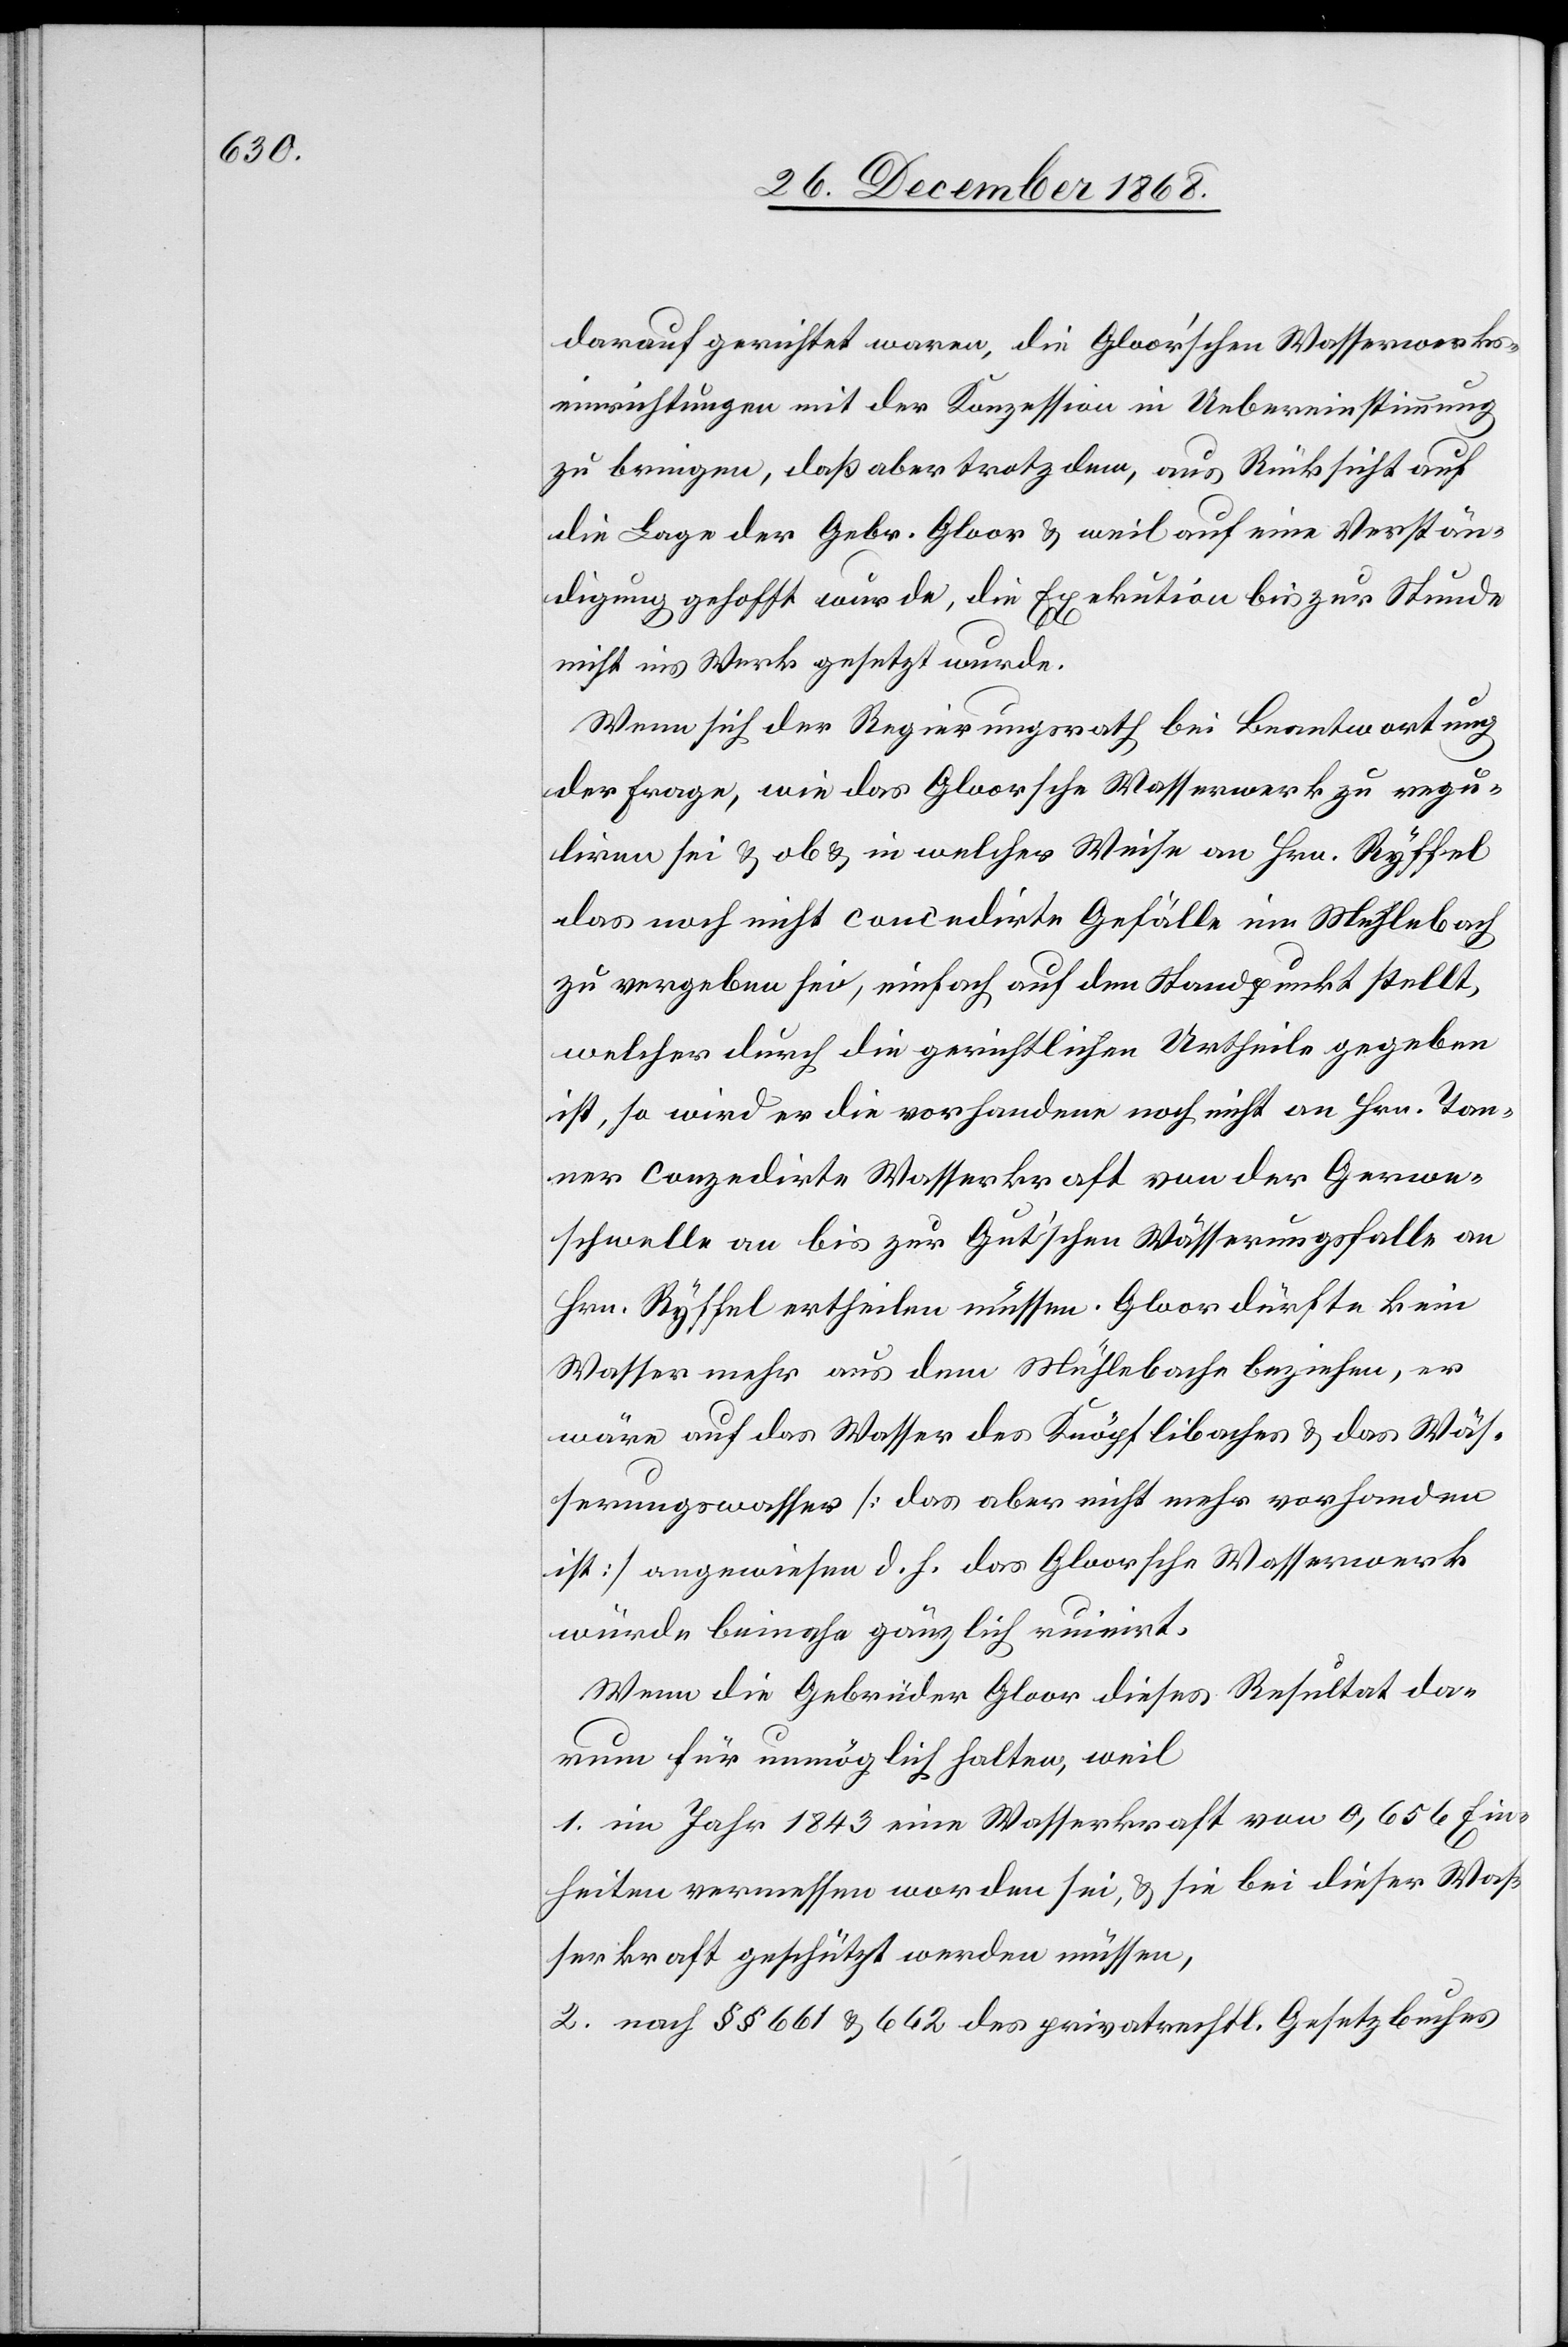
darauf gerichtet waren, die Gloor’schen Wasserwerks¬
einrichtungen mit der Konzession in Uebereinstimmung
zu bringen, daß aber trotzdem, aus Rücksicht auf
die Lage der Gebr. Gloor & weil auf eine Verstän¬
digung gehofft wurde, die Exekution bis zur Stunde
nicht ins Werk gesetzt wurde.
Wenn sich der Regierungsrath bei Beantwortung
der Frage, wie das Gloorsche Wasserwerk zu regu¬
liren sei & ob & in welcher Weise an Hrn. Ryffel
das noch nicht concedirte Gefälle im Mühlebach
zu vergeben sei, einfach auf den Standpunkt stellt,
welcher durch die gerichtlichen Urtheile gegeben
ist, so wird er die vorhandene noch nicht an Hrn. Tan¬
ner conzedirte Wasserkraft von der Gerwe¬
schwelle an bis zur Gut’schen Wässerungsfalle an
Hrn. Ryffel ertheilen müssen. Gloor dürfte kein
Wasser mehr aus dem Mühlebache beziehen, er
wäre auf das Wasser des Knöpflibaches & das Wäs¬
serungswasser [das aber nicht mehr vorhanden
ist] angewiesen d. h. das Gloorsche Wasserwerk
würde beinahe gänzlich ruinirt.
Wenn die Gebrüder Gloor dieses Resultat da¬
rum für unmöglich halten, weil
1. im Jahr 1843 eine Wasserkraft von 0,656 Ein¬
heiten vermessen worden sei, & sie bei dieser Was¬
serkraft geschützt werden müssen,
2. nach §§ 661 & 662 des privatrechtl. Gesetzbuches